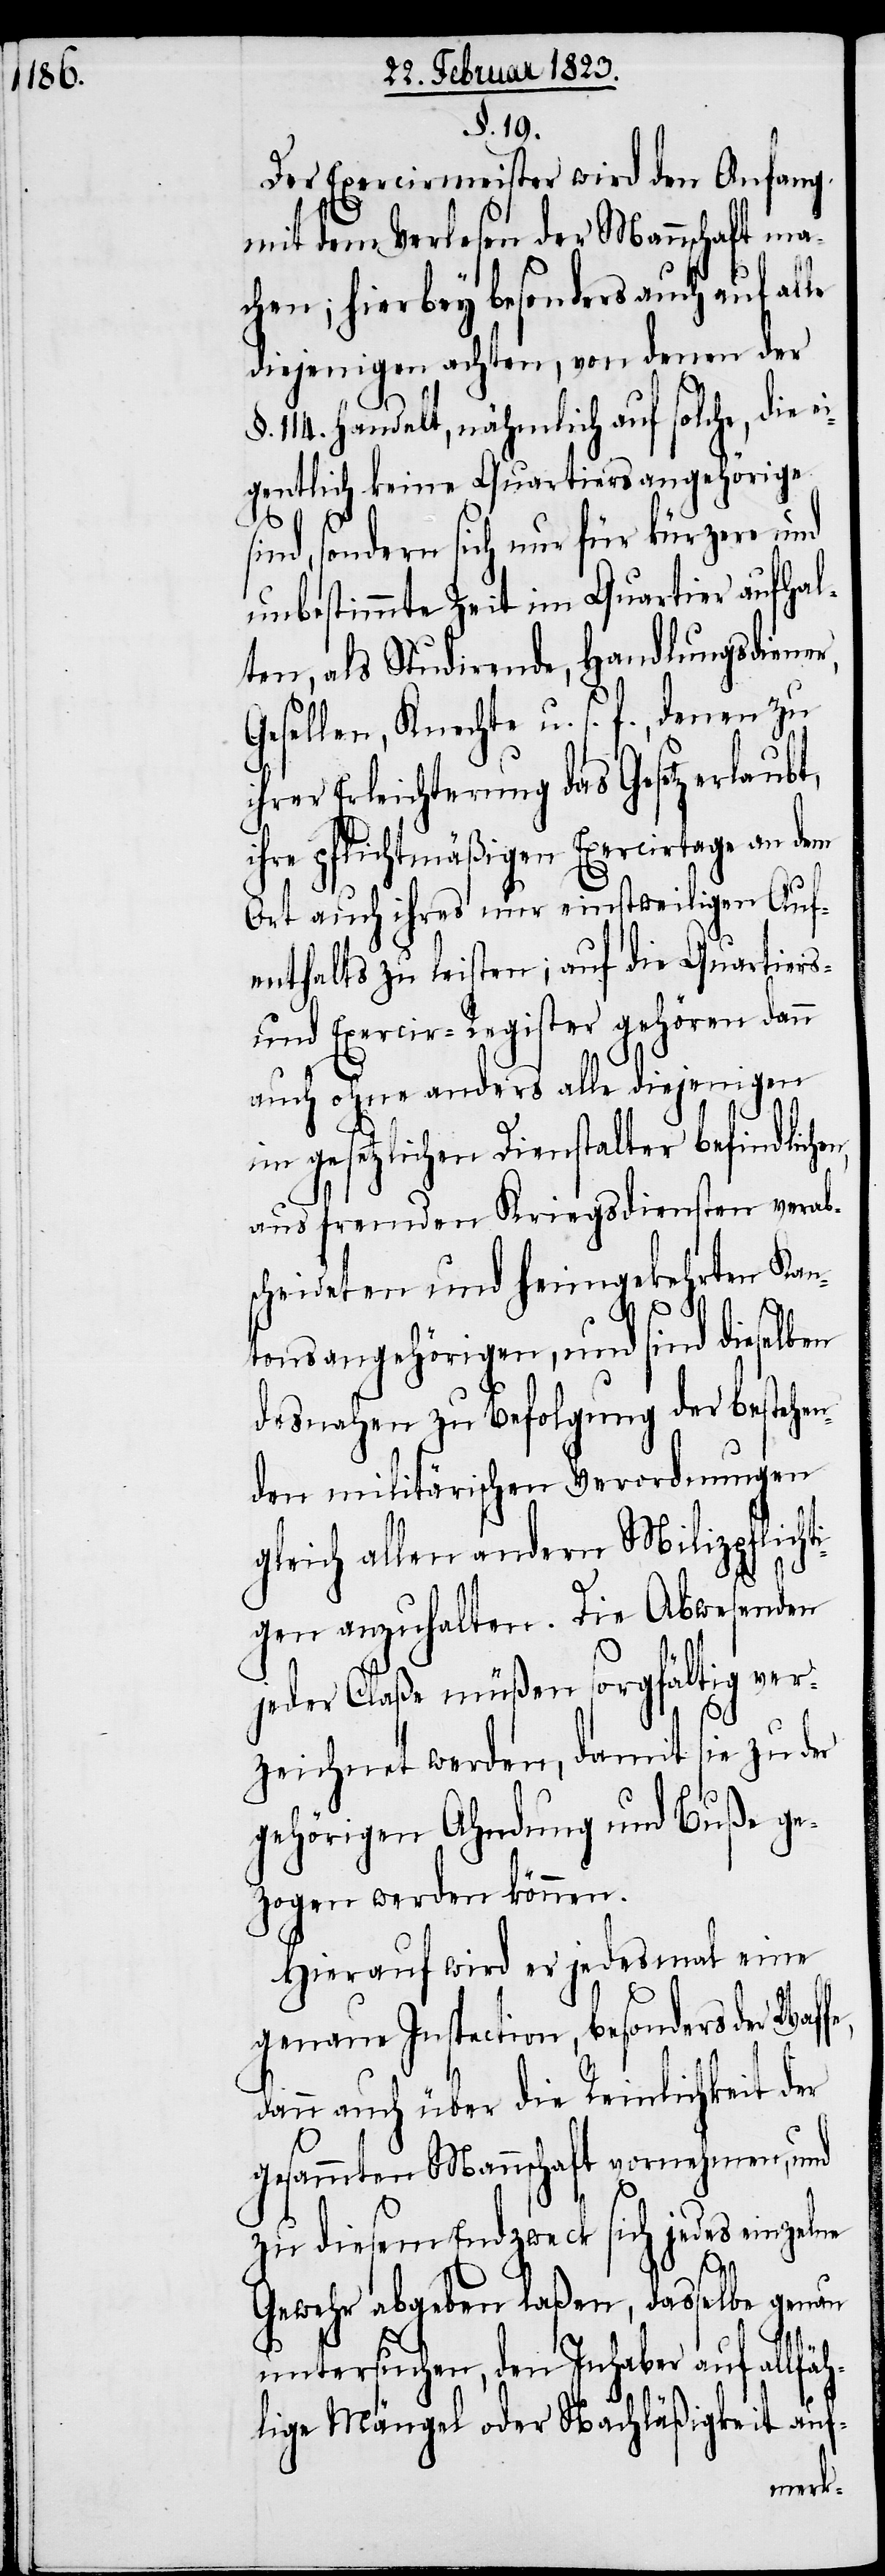
§. 19.
Der Exercirmeister wird den Anfang
mit dem Verlesen der Mannschaft ma¬
chen; hierbey besonders auch auf al¬
diejenigen achten, von denen der
114. handelt, nähmlich auf solche, die
gentlich keine Quartiersangehörige
sind, sondern sich nur für kürzere und
unbestimmte Zeit im Quartier aufhal¬
ten, als Studirende, Handlungsdiener,
Gesellen, Knechte u. s. f., denen zu
ihrer Erleichterung das Gesetz erlaubt,
ihre pflichtmäßigen Exercirtage an dem
Ort auch ihres nur einstweiligen Auf¬
enthalts zu leisten; auf die Quartiers-
und Exercir-Register gehören dann
auch ohne anders alle diejenigen
im gesetzlichen Dienstalter befindliche¬
aus fremden Kriegsdiensten verab¬
scheideten und heimgekehrten Kan¬
tonsangehörigen, und sind dieselben
desnahen zu Befolgung der bestehen¬
den militärischen Verordnungen
gleich allen andern Milizpflicht¬
n,
igen anzuhalten. Die Abwesenden
jeder Claße müßen sorgfältig ver¬
zeichnet werden, damit sie zu der
gehörigen Ahndung und Buße ge¬
zogen werden können.
Hierauf wird er jedesmal eine
genaue Inspection, besonders der Waf¬
dann auch über die Reinlichkeit der
gesammten Mannschaft vornehmen, und
zu diesem Endzweck sich jedes einzelne
fe,
Gewehr abgeben laßen, dasselbe genau
untersuchen, den Inhaber auf allfäh¬
lige Mängel oder Nachläßigkeit auf-